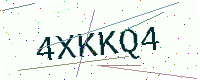
Text: 4XKKQ4